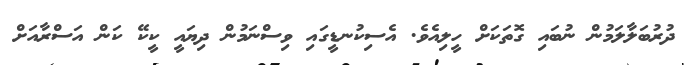
ދުރުބަލާލަމުން ނުބައި ގޮތަކަށް ހީލިއެވެ. އެސިކުނޑީގައި ވިސްނަމުން ދިޔައީ ކީކޭ ކަން އަސްރާއަށް